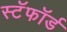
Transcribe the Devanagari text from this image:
स्टॅफॉर्ड